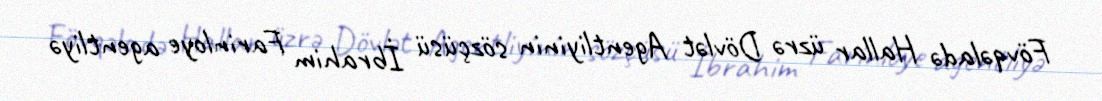
Fövqəladə Hallar üzrə Dövlət Agentliyinin sözçüsü İbrahim Farinloye agentliyə